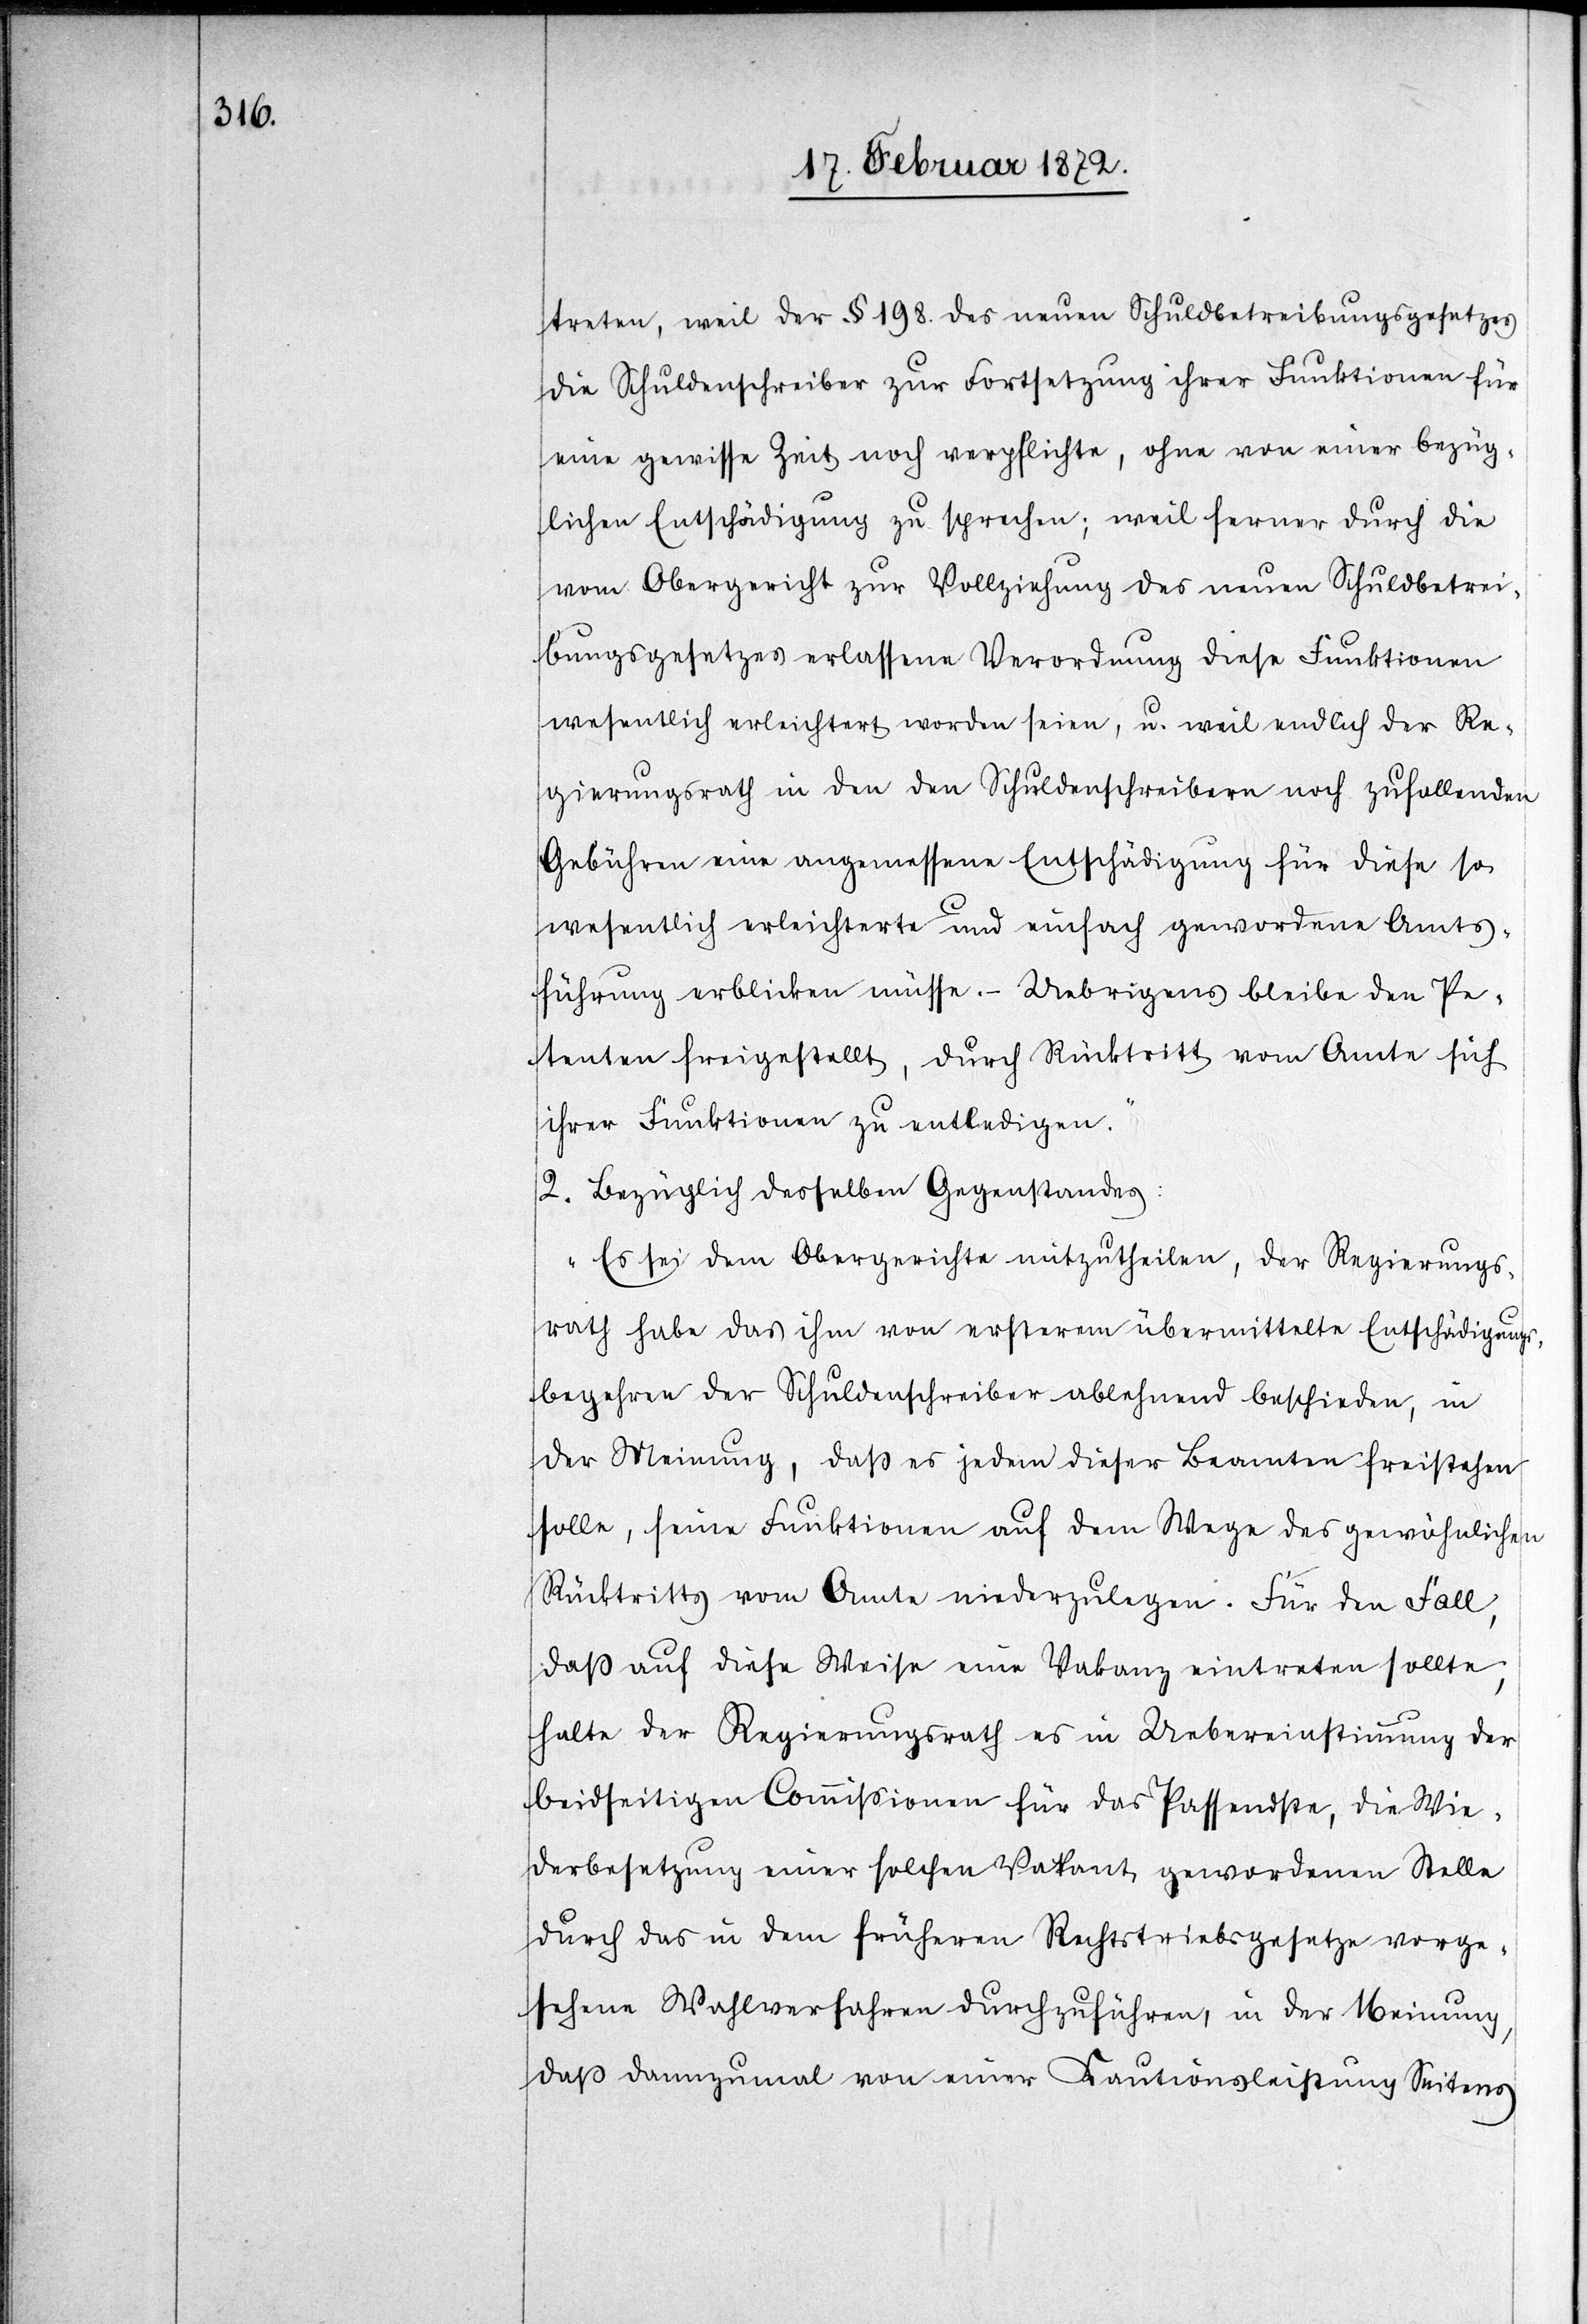
treten, weil der § 198. des neuen Schuldbetreibungsgesetzes
die Schuldenschreiber zur Fortsetzung ihrer Funktionen für
eine gewisse Zeit noch verpflichte, ohne von einer bezüg¬
lichen Entschädigung zu sprechen; weil ferner durch die
vom Obergericht zur Vollziehung des neuen Schuldbetrei¬
bungsgesetzes erlassene Verordnung diese Funktionen
wesentlich erleichtert worden seien, u. weil endlich der Re¬
gierungsrath in den den Schuldenschreibern noch zufallenden
Gebühren eine angemessene Entschädigung für diese so
wesentlich erleichterte und einfach gewordene Amts¬
führung erblicken müsse. – Uebrigens bleibe den Pe¬
tenten freigestellt, durch Rücktritt vom Amte sich
ihrer Funktionen zu entledigen.“
2. Bezüglich desselben Gegenstandes:
„Es sei dem Obergerichte mitzutheilen, der Regierungs¬
rath habe das ihm von ersterem übermittelte Entschädigungs¬
begehren der Schuldenschreiber ablehnend beschieden, in
der Meinung, daß es jedem dieser Beamten freistehen
solle, seine Funktionen auf dem Wege des gewöhnlichen
Rücktritts vom Amte niederzulegen. Für den Fall,
daß auf diese Weise eine Vakanz eintreten sollte,
halte der Regierungsrath es in Uebereinstimmung der
beidseitigen Commissionen für das Passendste, die Wie¬
derbesetzung einer solchen Vakant [sic!] gewordenen Stelle
durch das in dem früheren Rechtstriebsgesetze vorge¬
sehene Wahlverfahren durchzuführen, in der Meinung,
daß dannzumal von einer Kautionsleistung Seitens